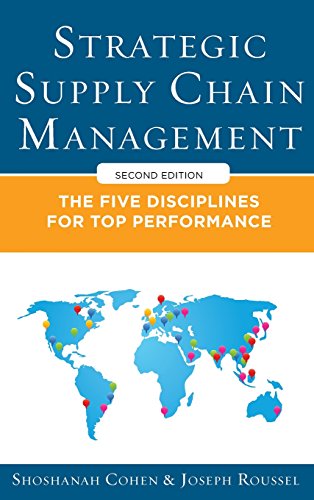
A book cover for Strategic Supply Chain Management: The Five Core Disciplines for Top Performance, Second Editon; Shoshanah Cohen; Business & Money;